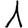
Digit: 1